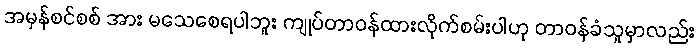
အမှန်စင်စစ် အား မသေစေရပါဘူး ကျုပ်တာဝန်ထားလိုက်စမ်းပါဟု တာဝန်ခံသူမှာလည်း